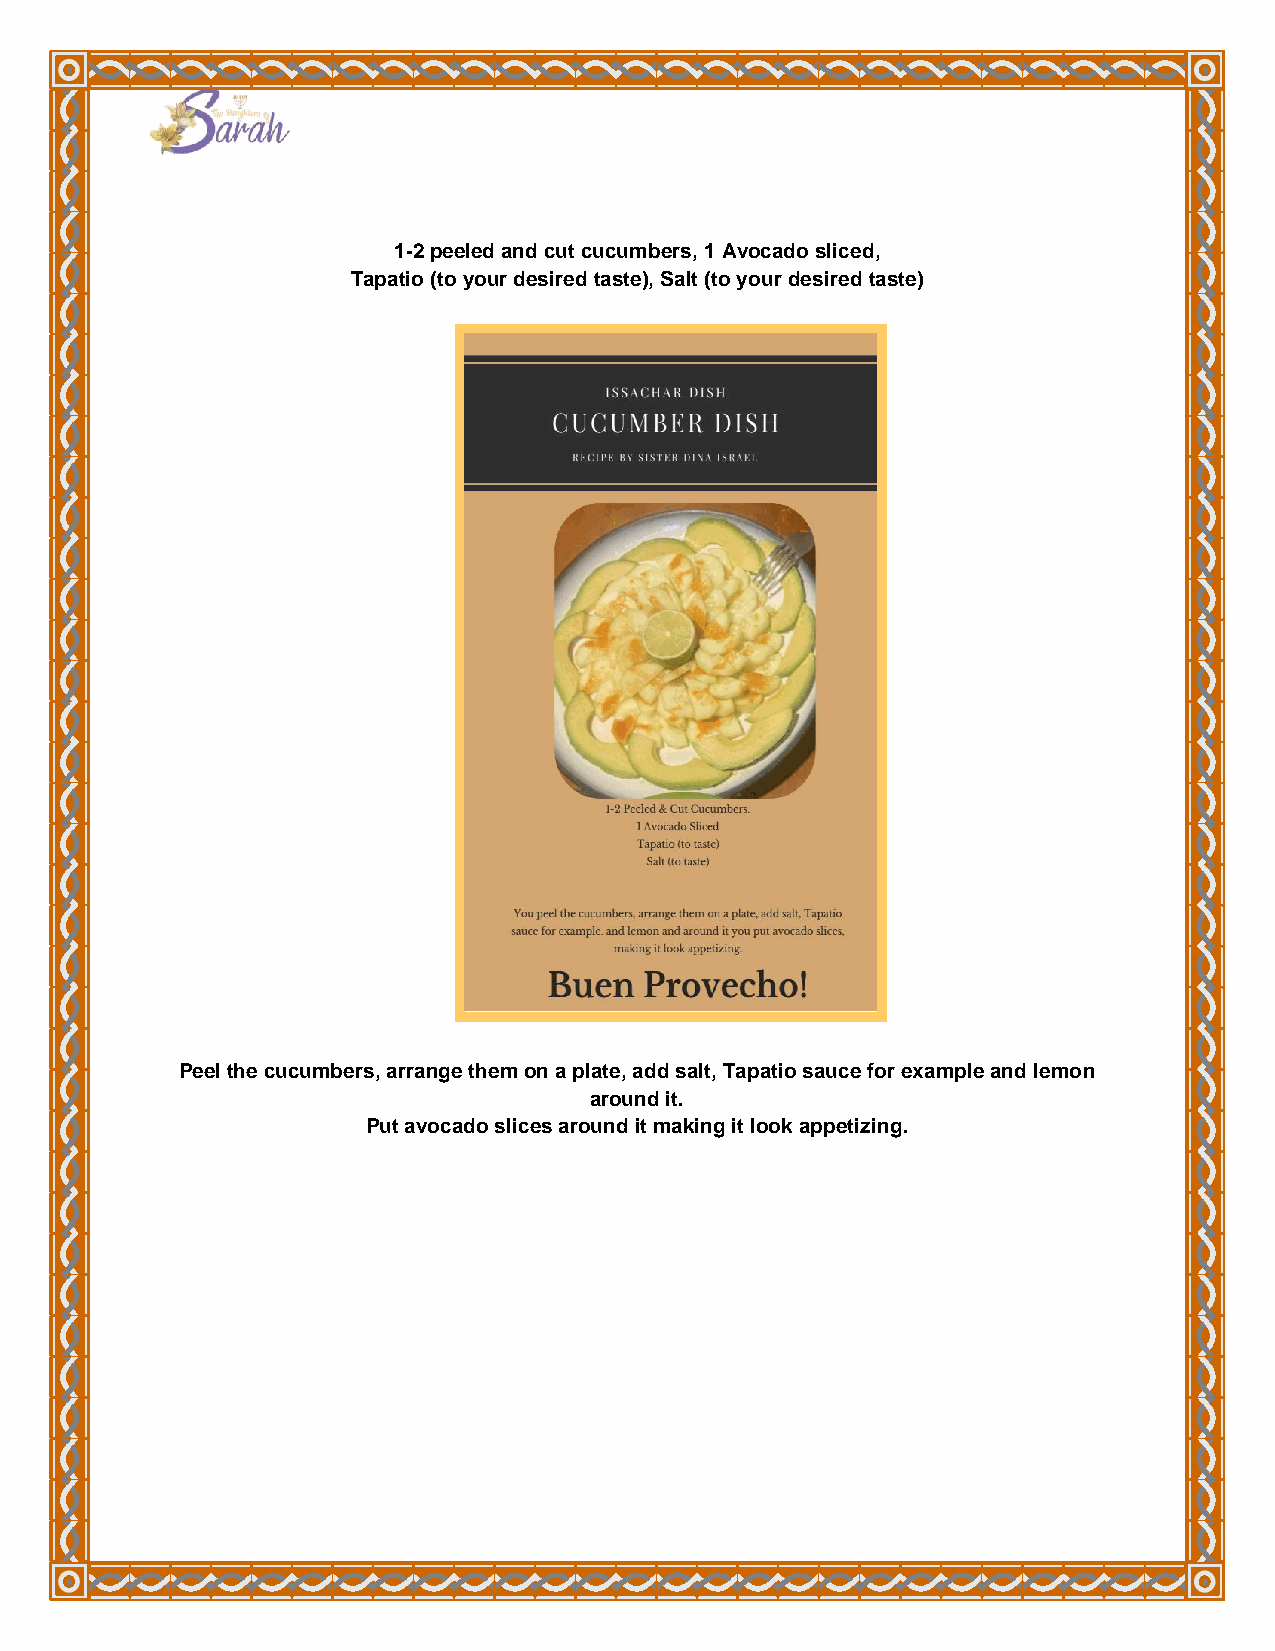
1-2 peeled and cut cucumbers, 1 Avocado sliced,
 Tapatio (to your desired taste), Salt (to your desired taste)
 Peel the cucumbers, arrange them on a plate, add salt, Tapatio sauce for example and lemon
 around it.
 Put avocado slices around it making it look appetizing.